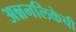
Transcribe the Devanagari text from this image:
अन्ननलिकेची